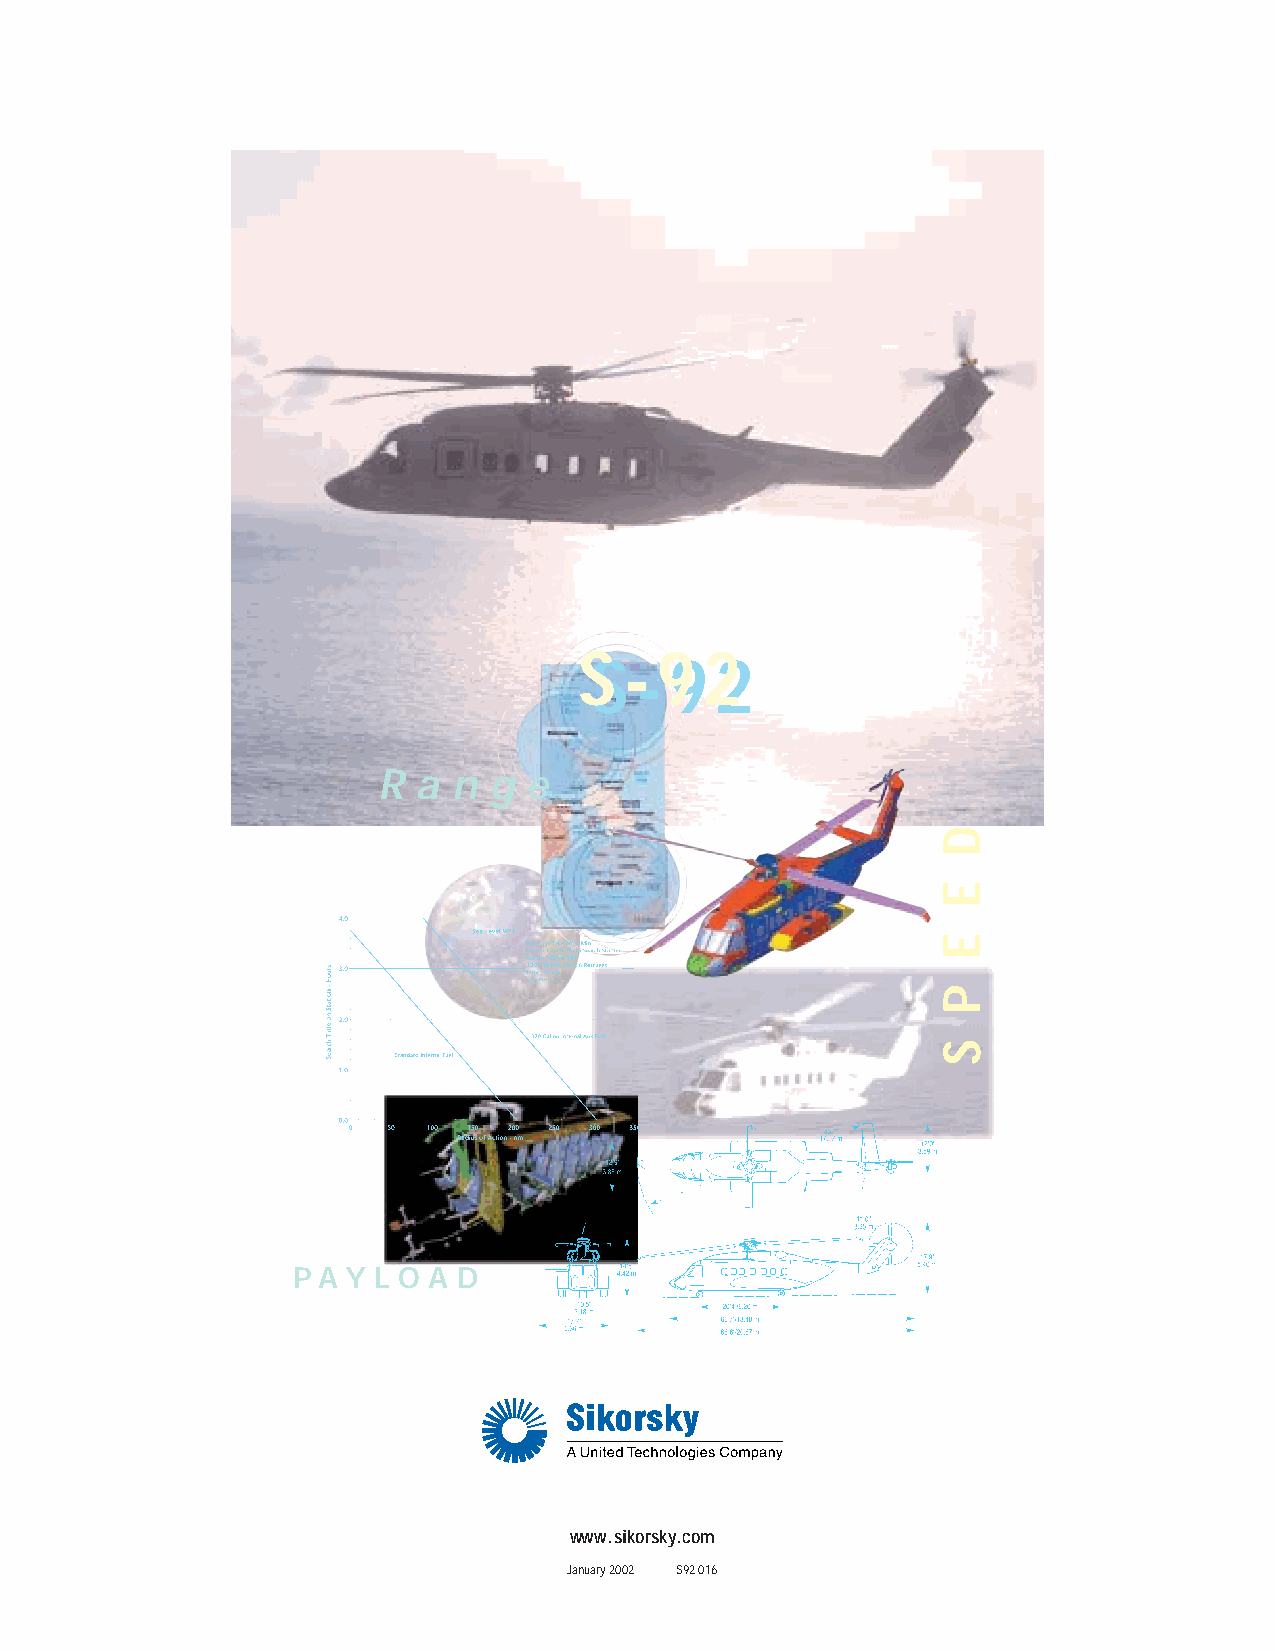
S  -  9  2
 S  - 9  2
 R  a n g  e
 P A Y L O A D
 www.sikorsky.com
 January 2002 S92 016
 D
 E
 E
 P
 S